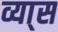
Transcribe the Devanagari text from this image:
व्या्स